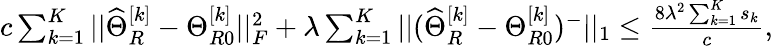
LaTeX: \begin{array}{r}{c\sum_{k=1}^{K}||\widehat{\Theta}_{R}^{[k]}-\Theta_{R0}^{[k]}||_{F}^{2}+\lambda\sum_{k=1}^{K}||(\widehat{\Theta}_{R}^{[k]}-\Theta_{R0}^{[k]})^{-}||_{1}\leq\frac{8\lambda^{2}\sum_{k=1}^{K}s_{k}}{c},}\end{array}